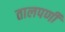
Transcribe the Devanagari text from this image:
तालपर्णी